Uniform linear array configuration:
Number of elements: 32
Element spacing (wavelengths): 1
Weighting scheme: kaiser
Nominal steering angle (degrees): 0
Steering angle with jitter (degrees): -0.8472
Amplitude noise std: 0.05
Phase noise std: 0.05

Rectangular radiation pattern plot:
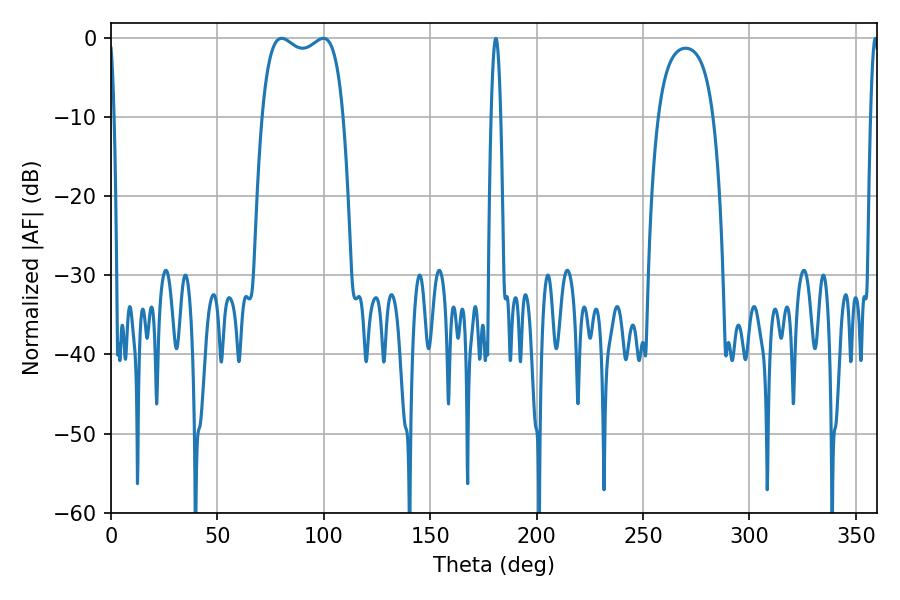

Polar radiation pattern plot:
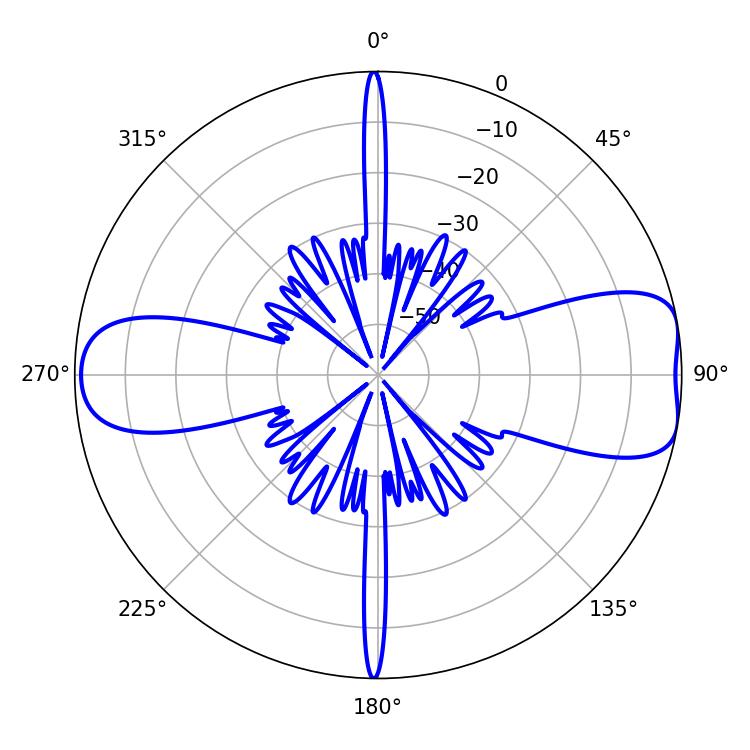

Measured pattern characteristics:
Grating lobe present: TRUE
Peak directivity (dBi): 8.782
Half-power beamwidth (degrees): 31.32
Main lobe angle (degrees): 80.1